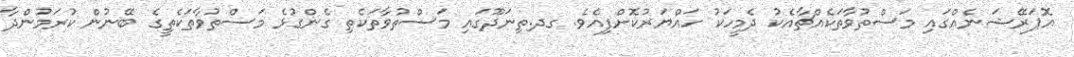
އޮޕަރޭޝަނެއްގައި މަސްތުވާތަކެއްޗާއެކު ދެމީހަކު ހައްޔަރުކޮށްފިއެވެ. ގދ.ތިނަދޫގައި މަސްތުވާތަކެތި ގެންގުޅެ މަސްތުވާތަކެތީގެ ބޭނުން ކުރަމުންދާ